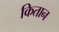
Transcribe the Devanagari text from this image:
कितान